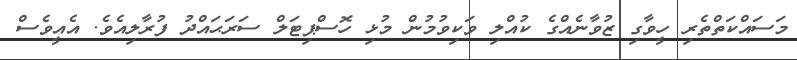
މަސައްކަތްތެރި ހީވާގި ޒުވާނެއްގެ ކުއްލި ވަކިވުމުން މުޅި ހޮސްޕިޓަލް ސަރަޙައްދު ފުރާލިއެވެ. އެއީވެސް